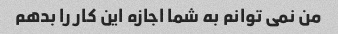
من نمی توانم به شما اجازه این کار را بدهم